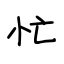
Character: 忙